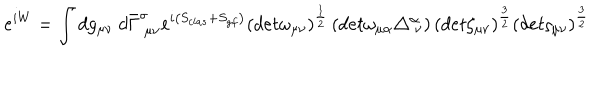
LaTeX: e ^ { i W } = \int d g _ { \mu \nu } ~ d \bar { \Gamma } _ { ~ \mu \nu } ^ { \sigma } e ^ { i \left( S _ { c l a s } + S _ { g f } \right) } \left( d e t \omega _ { \mu \nu } \right) ^ { \frac { 1 } { 2 } } \left( d e t \omega _ { \mu \alpha } \triangle _ { ~ \nu } ^ { \alpha } \right) \left( d e t \zeta _ { \mu \nu } \right) ^ { \frac { 3 } { 2 } } \left( d e t \varsigma _ { \mu \nu } \right) ^ { \frac { 3 } { 2 } }